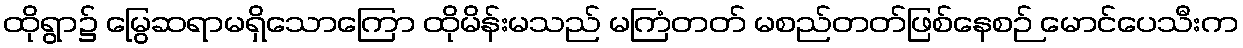
ထိုရွာ၌ မြွေဆရာမရှိသောကြော ထိုမိန်းမသည် မကြံတတ် မစည်တတ်ဖြစ်နေစဉ် မောင်ပေသီးက